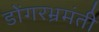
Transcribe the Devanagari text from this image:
डोंगरभ्रमंती